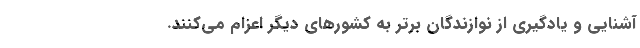
آشنایی و یادگیری از نوازندگان برتر به کشورهای دیگر اعزام می‌کنند.